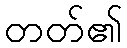
တတ်၏